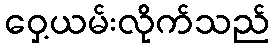
ဝှေ့ယမ်းလိုက်သည်